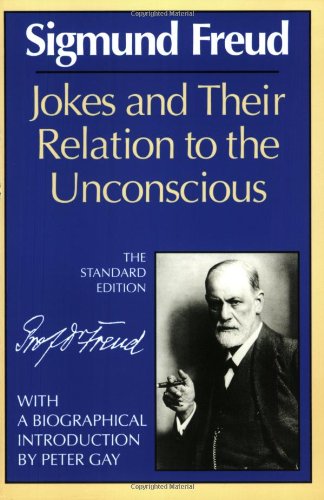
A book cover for Jokes and Their Relation to the Unconscious (The Standard Edition)  (Complete Psychological Works of Sigmund Freud); Sigmund Freud; Humor & Entertainment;